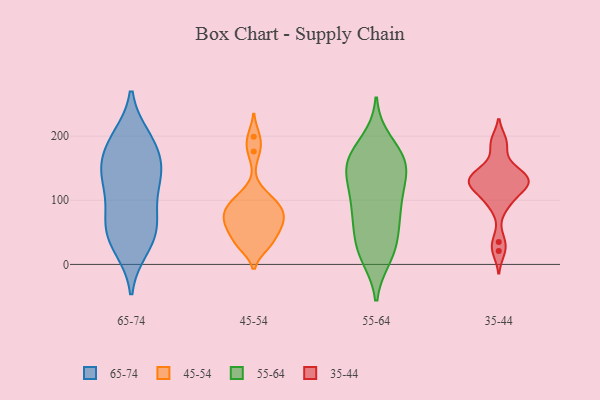
{"axis": {"x": "Net Income (USD K)", "y": "Value"}, "legend": ["35-44", "45-54", "55-64", "65-74"], "data": [{"x": "", "y": 176, "type": "65-74"}, {"x": "", "y": 190, "type": "65-74"}, {"x": "", "y": 85, "type": "65-74"}, {"x": "", "y": 33, "type": "65-74"}, {"x": "", "y": 144, "type": "65-74"}, {"x": "", "y": 193, "type": "65-74"}, {"x": "", "y": 197, "type": "65-74"}, {"x": "", "y": 135, "type": "65-74"}, {"x": "", "y": 44, "type": "65-74"}, {"x": "", "y": 134, "type": "65-74"}, {"x": "", "y": 69, "type": "65-74"}, {"x": "", "y": 52, "type": "65-74"}, {"x": "", "y": 144, "type": "65-74"}, {"x": "", "y": 26, "type": "65-74"}, {"x": "", "y": 139, "type": "65-74"}, {"x": "", "y": 80, "type": "65-74"}, {"x": "", "y": 33, "type": "45-54"}, {"x": "", "y": 83, "type": "45-54"}, {"x": "", "y": 66, "type": "45-54"}, {"x": "", "y": 96, "type": "45-54"}, {"x": "", "y": 82, "type": "45-54"}, {"x": "", "y": 199, "type": "45-54"}, {"x": "", "y": 29, "type": "45-54"}, {"x": "", "y": 81, "type": "45-54"}, {"x": "", "y": 59, "type": "45-54"}, {"x": "", "y": 58, "type": "45-54"}, {"x": "", "y": 176, "type": "45-54"}, {"x": "", "y": 98, "type": "45-54"}, {"x": "", "y": 112, "type": "45-54"}, {"x": "", "y": 59, "type": "45-54"}, {"x": "", "y": 33, "type": "45-54"}, {"x": "", "y": 12, "type": "55-64"}, {"x": "", "y": 178, "type": "55-64"}, {"x": "", "y": 109, "type": "55-64"}, {"x": "", "y": 22, "type": "55-64"}, {"x": "", "y": 23, "type": "55-64"}, {"x": "", "y": 144, "type": "55-64"}, {"x": "", "y": 60, "type": "55-64"}, {"x": "", "y": 85, "type": "55-64"}, {"x": "", "y": 78, "type": "55-64"}, {"x": "", "y": 108, "type": "55-64"}, {"x": "", "y": 146, "type": "55-64"}, {"x": "", "y": 19, "type": "55-64"}, {"x": "", "y": 53, "type": "55-64"}, {"x": "", "y": 153, "type": "55-64"}, {"x": "", "y": 137, "type": "55-64"}, {"x": "", "y": 166, "type": "55-64"}, {"x": "", "y": 89, "type": "55-64"}, {"x": "", "y": 161, "type": "55-64"}, {"x": "", "y": 192, "type": "55-64"}, {"x": "", "y": 160, "type": "55-64"}, {"x": "", "y": 35, "type": "35-44"}, {"x": "", "y": 132, "type": "35-44"}, {"x": "", "y": 21, "type": "35-44"}, {"x": "", "y": 141, "type": "35-44"}, {"x": "", "y": 188, "type": "35-44"}, {"x": "", "y": 134, "type": "35-44"}, {"x": "", "y": 139, "type": "35-44"}, {"x": "", "y": 123, "type": "35-44"}, {"x": "", "y": 153, "type": "35-44"}, {"x": "", "y": 94, "type": "35-44"}, {"x": "", "y": 120, "type": "35-44"}, {"x": "", "y": 96, "type": "35-44"}, {"x": "", "y": 121, "type": "35-44"}, {"x": "", "y": 191, "type": "35-44"}, {"x": "", "y": 126, "type": "35-44"}]}